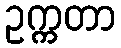
ဥက္ကတာ